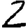
Digit: 2